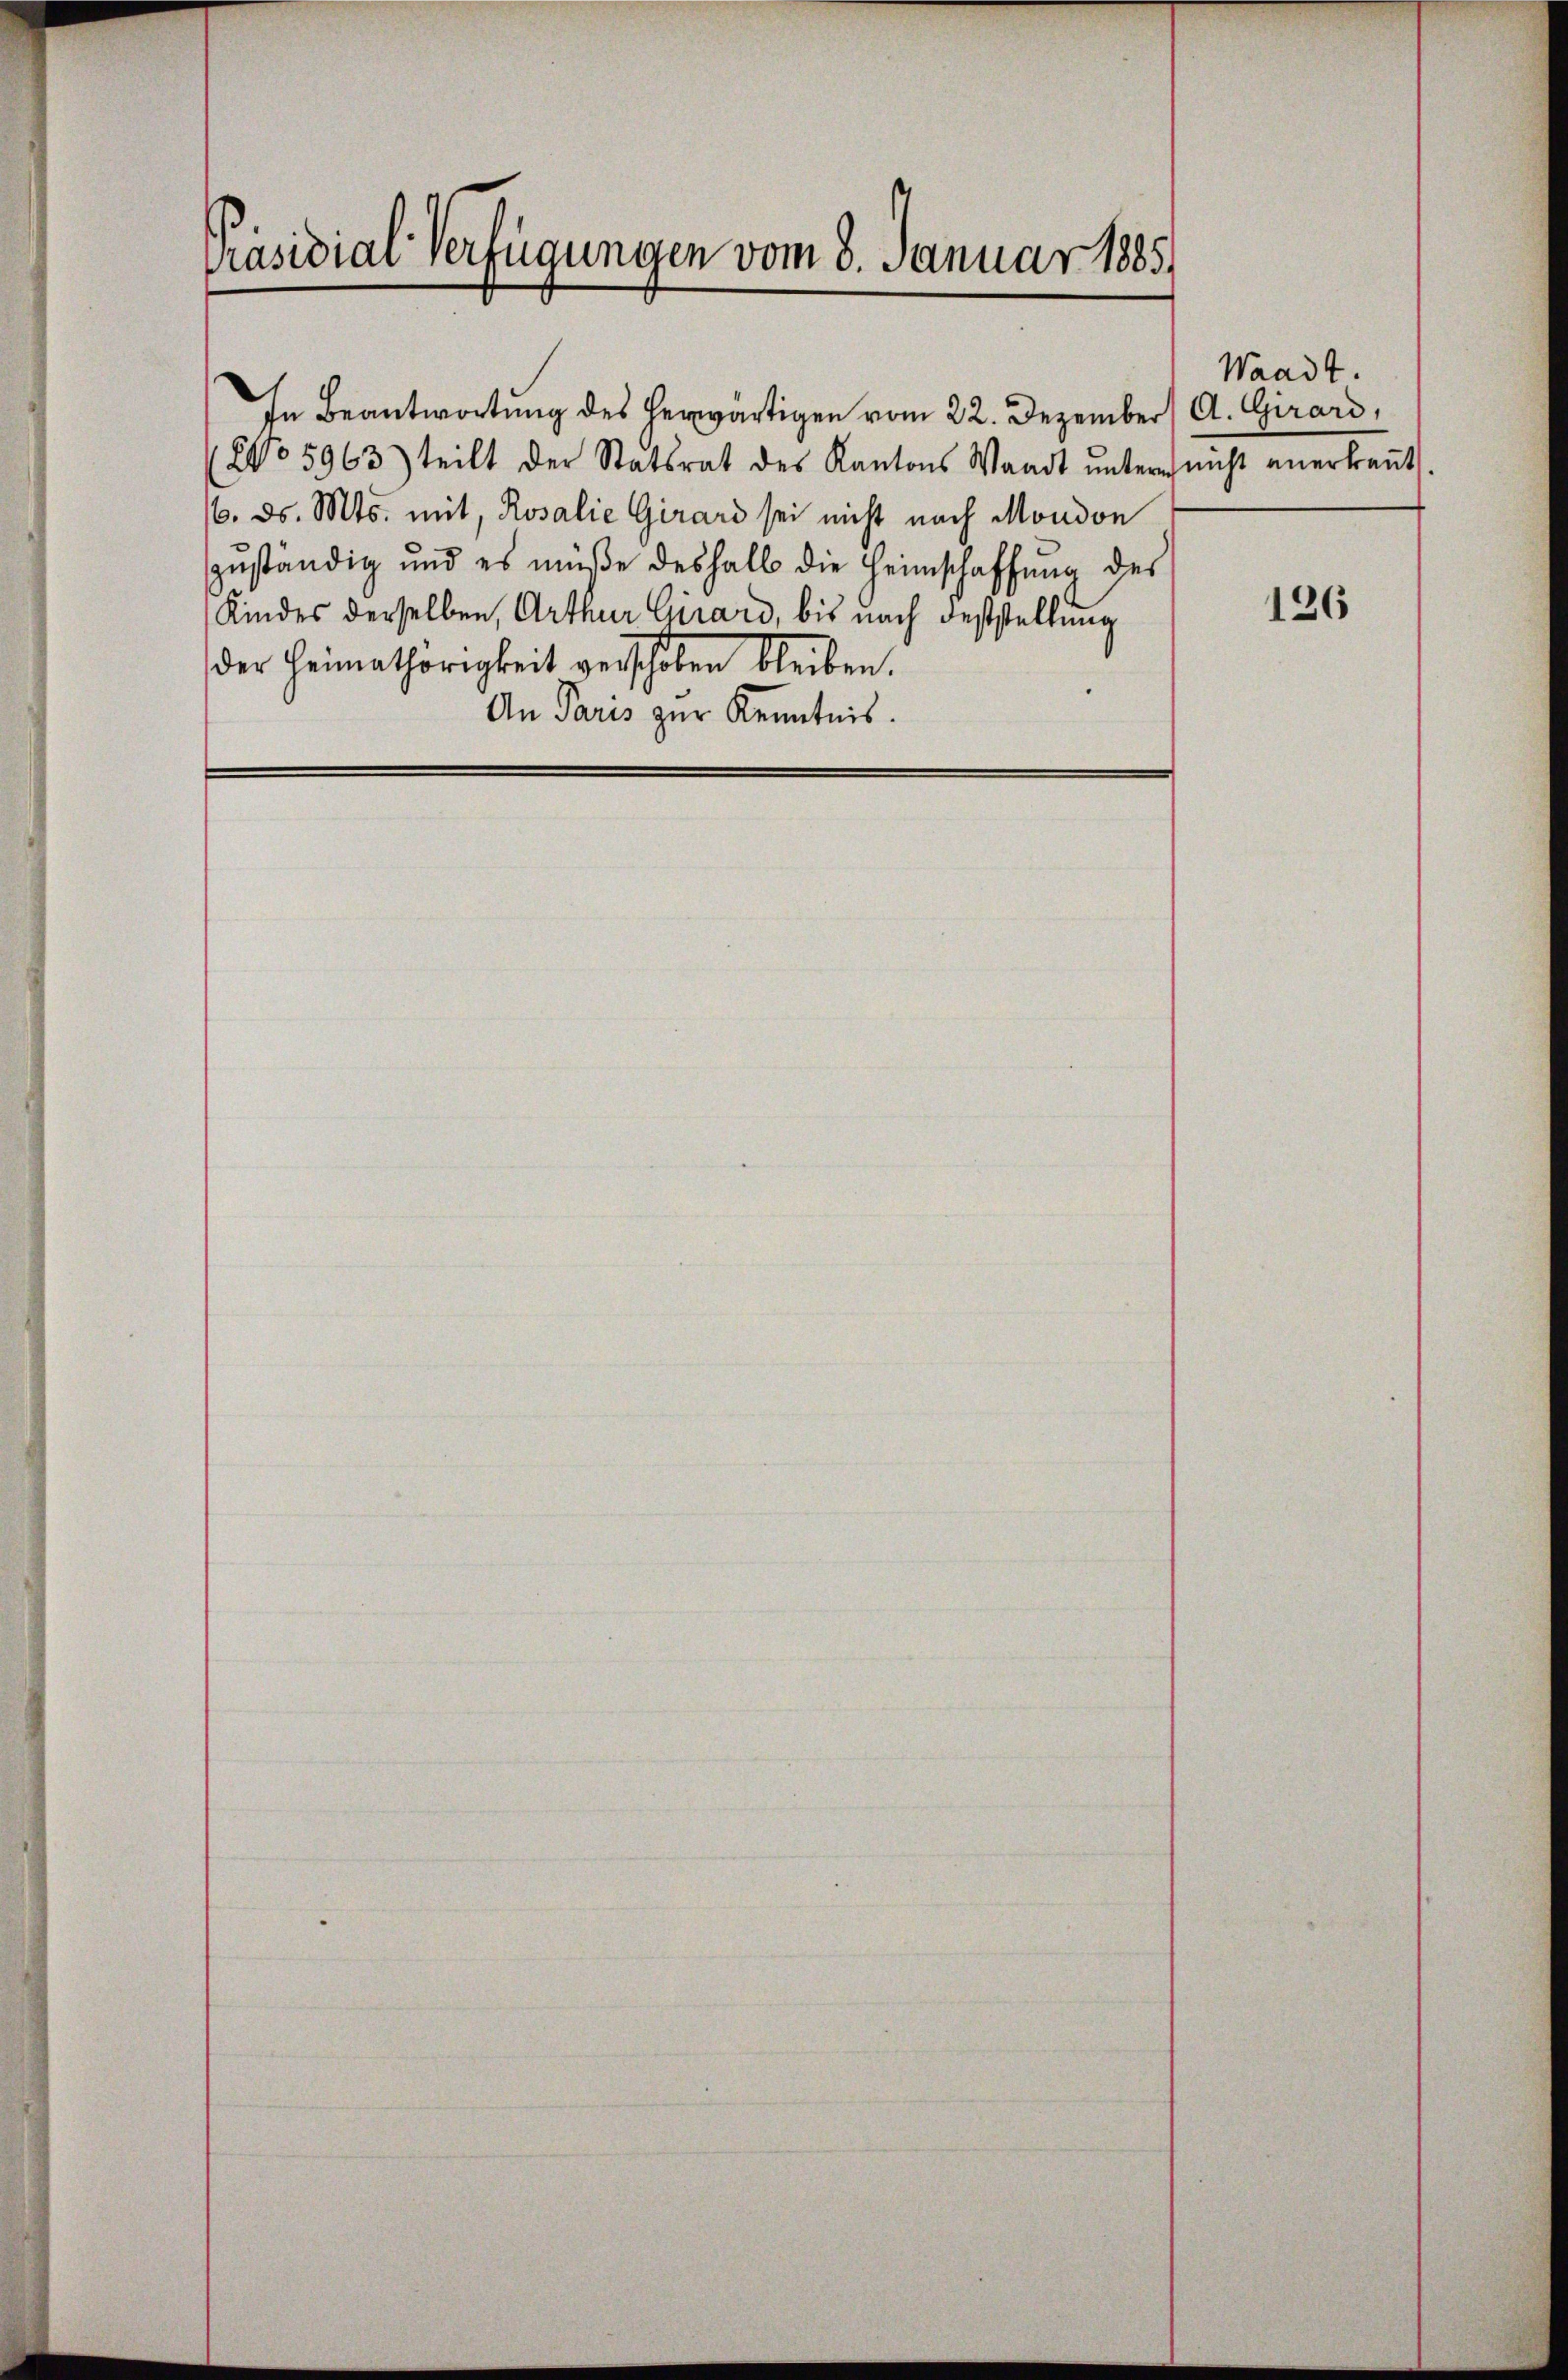
Präsidial-Verfügungen vom 8. Januar 1885.

(No 5963) teilt der Statsrat des Kantons Waadt ŭntern nicht anerkant.
/6. ds. Mts. mit, Rosalie Girard sei nicht nach Mondon
zuständig und es müße deshalb die Heimschaffung des
Kindes derselben, Arthur Girard, bis nach desstellung
der Heimathörigkeit verschoben bleiben.
An Paris zur Kenntnis.

In Beantwortung des herwärtigen vom 22. Dezember A. Girard,

Waadt.

126